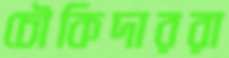
চৌকিদাররা